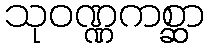
သုဝဏ္ဏကစ္ဆာ